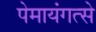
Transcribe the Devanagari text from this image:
पेमायंगत्से